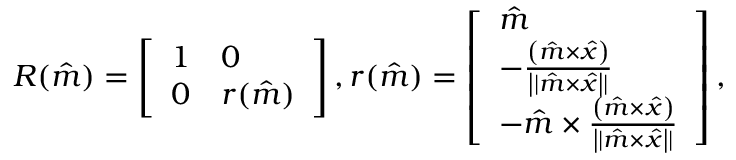
R ( \hat { m } ) = \left[ \begin{array} { l l } { 1 } & { 0 } \\ { 0 } & { r ( \hat { m } ) } \end{array} \right] , r ( \hat { m } ) = \left[ \begin{array} { l } { \hat { m } } \\ { - \frac { \left( \hat { m } \times \hat { x } \right) } { \left| | \hat { m } \times \hat { x } \right| | } } \\ { - \hat { m } \times \frac { \left( \hat { m } \times \hat { x } \right) } { \left| | \hat { m } \times \hat { x } \right| | } } \end{array} \right] ,